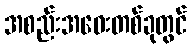
အစည်းအဝေးတစ်ခုတွင်